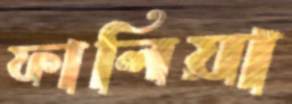
ফালিয়া